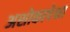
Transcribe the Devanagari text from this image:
अशोकापेक्षा